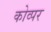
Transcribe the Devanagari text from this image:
कोव्पर